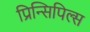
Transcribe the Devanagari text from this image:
प्रिन्सिपिल्स